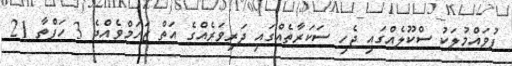
ފުވައްމުލަކު ސްކޫލެއްގައި ޖެހި ސަކަރާތެއްގައި ދަރިވަރެއްގެ އަތް ޒަހަމްވެއްޖެ 3 ހަފްތާ 21